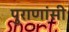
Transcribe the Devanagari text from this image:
पुराणांसी